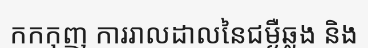
កកកុញ ការរាលដាលនៃជម្ងឺឆ្លង និង